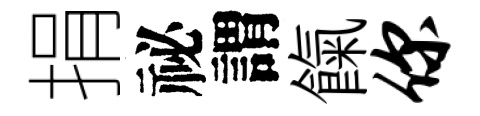
捐祕謂餼你